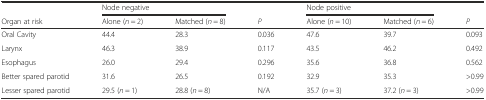
<table><thead><tr><td></td><td colspan="2"><b>Node negative</b></td><td></td><td colspan="2"><b>Node positive</b></td><td></td></tr><tr><td><b>Organ at risk</b></td><td><b>Alone (<i>n</i> = 2)</b></td><td><b>Matched (<i>n</i> = 8)</b></td><td><b><i>P</i></b></td><td><b>Alone (<i>n</i> = 10)</b></td><td><b>Matched (<i>n</i> = 6)</b></td><td><b><i>P</i></b></td></tr></thead><tbody><tr><td>Oral Cavity</td><td>44.4</td><td>28.3</td><td>0.036</td><td>47.6</td><td>39.7</td><td>0.093</td></tr><tr><td>Larynx</td><td>46.3</td><td>38.9</td><td>0.117</td><td>43.5</td><td>46.2</td><td>0.492</td></tr><tr><td>Esophagus</td><td>26.0</td><td>29.4</td><td>0.296</td><td>35.6</td><td>36.8</td><td>0.562</td></tr><tr><td>Better spared parotid</td><td>31.6</td><td>26.5</td><td>0.192</td><td>32.9</td><td>35.3</td><td>&gt;0.99</td></tr><tr><td>Lesser spared parotid</td><td>29.5 (<i>n</i> = 1)</td><td>28.8 (<i>n</i> = 8)</td><td>N/A</td><td>35.7 (<i>n</i> = 3)</td><td>37.2 (<i>n</i> = 3)</td><td>&gt;0.99</td></tr></tbody></table>